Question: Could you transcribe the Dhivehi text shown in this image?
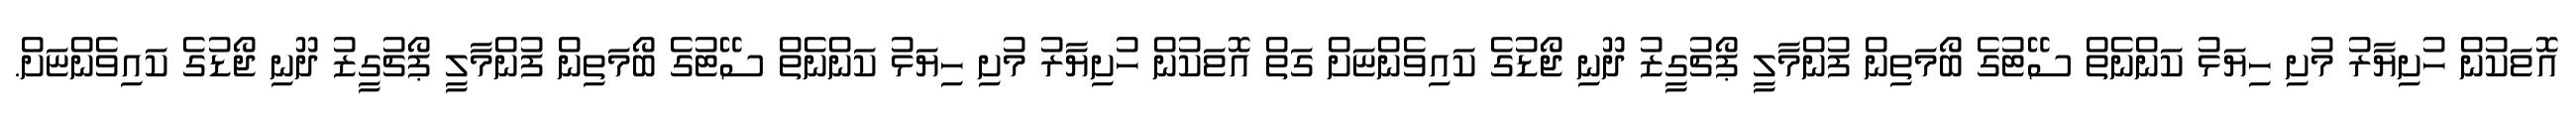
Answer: އޮޱަކުން ހުށިޔާރު މުށި ހިޔަޅު ކަންނެތް ސޭޓުގެ ބޯމަތިން ފުންމާލީ ޕޯޗުގީޒު ދޫނި ޖޯޑުގެ ކައިވެންޏަށް ގަތް އޮޱަކުން ހުށިޔާރު މުށި ހިޔަޅު ކަންނެތް ސޭޓުގެ ބޯމަތިން ފުންމާލީ ޕޯޗުގީޒު ދޫނި ޖޯޑުގެ ކައިވެންޏަށް.